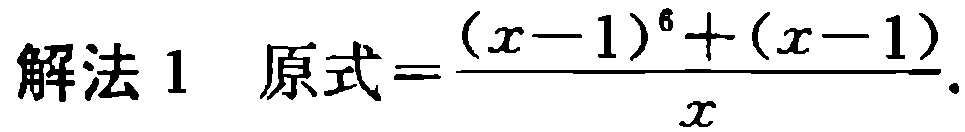
\(解法1\ 原式=\frac{(x - 1)^6+(x - 1)}{x}.\)